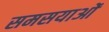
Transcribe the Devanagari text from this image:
समसयाओं